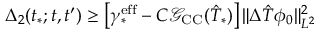
\Delta _ { 2 } ( t _ { * } ; t , t ^ { \prime } ) \geq \left[ \gamma _ { * } ^ { \mathrm { e f f } } - C \mathcal G _ { \mathrm { C C } } ( \hat { T } _ { * } ) \right] \Vert \Delta \hat { T } \phi _ { 0 } \Vert _ { L ^ { 2 } } ^ { 2 }